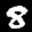
Digit: 8